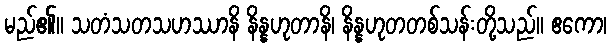
မည်၏။ သတံသတသဟဿာနိ နိန္နဟုတာနိ၊ နိန္နဟုတတစ်သန်းတို့သည်။ ဧကော၊